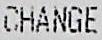
CHANGE